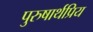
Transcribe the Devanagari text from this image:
पुरुषार्थप्रिय